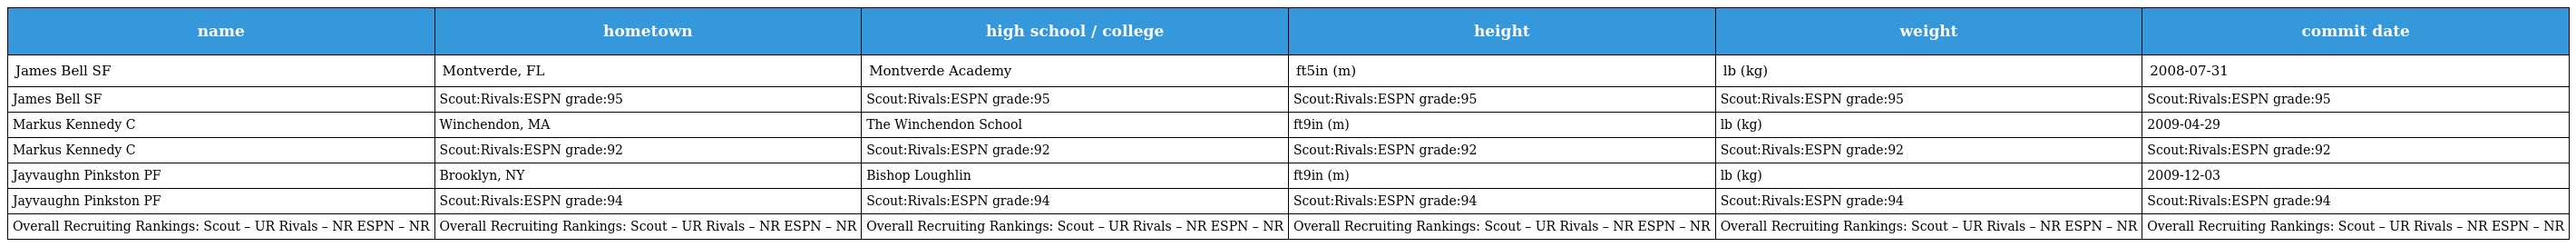
| name | hometown | high school / college | height | weight | commit date |
 | --- | --- | --- | --- | --- | --- |
 | James Bell SF | Montverde, FL | Montverde Academy | ft5in (m) | lb (kg) | 2008-07-31 |
 | James Bell SF | Scout:Rivals:ESPN grade:95 | Scout:Rivals:ESPN grade:95 | Scout:Rivals:ESPN grade:95 | Scout:Rivals:ESPN grade:95 | Scout:Rivals:ESPN grade:95 |
 | Markus Kennedy C | Winchendon, MA | The Winchendon School | ft9in (m) | lb (kg) | 2009-04-29 |
 | Markus Kennedy C | Scout:Rivals:ESPN grade:92 | Scout:Rivals:ESPN grade:92 | Scout:Rivals:ESPN grade:92 | Scout:Rivals:ESPN grade:92 | Scout:Rivals:ESPN grade:92 |
 | Jayvaughn Pinkston PF | Brooklyn, NY | Bishop Loughlin | ft9in (m) | lb (kg) | 2009-12-03 |
 | Jayvaughn Pinkston PF | Scout:Rivals:ESPN grade:94 | Scout:Rivals:ESPN grade:94 | Scout:Rivals:ESPN grade:94 | Scout:Rivals:ESPN grade:94 | Scout:Rivals:ESPN grade:94 |
 | Overall Recruiting Rankings: Scout – UR Rivals – NR ESPN – NR | Overall Recruiting Rankings: Scout – UR Rivals – NR ESPN – NR | Overall Recruiting Rankings: Scout – UR Rivals – NR ESPN – NR | Overall Recruiting Rankings: Scout – UR Rivals – NR ESPN – NR | Overall Recruiting Rankings: Scout – UR Rivals – NR ESPN – NR | Overall Recruiting Rankings: Scout – UR Rivals – NR ESPN – NR |